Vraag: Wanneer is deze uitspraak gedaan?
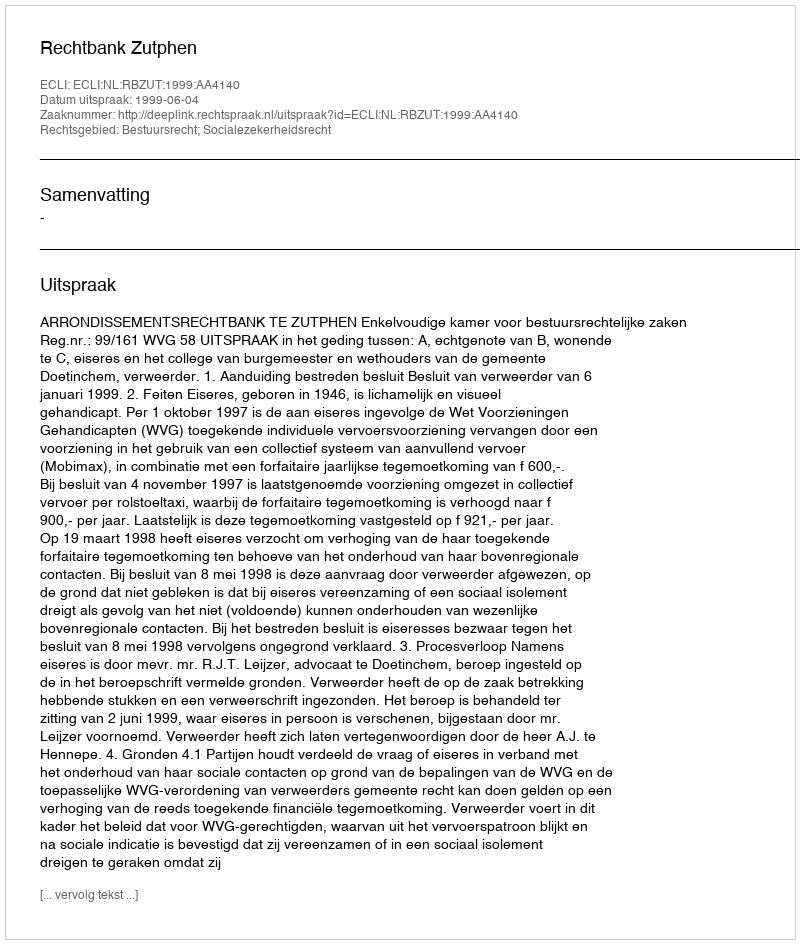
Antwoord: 1999-06-04